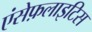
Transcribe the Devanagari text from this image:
एंसेफ़लाइटिस